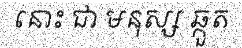
នោះ ជា មនុស្ស ឆ្កួត